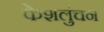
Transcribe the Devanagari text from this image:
केशलुंचन